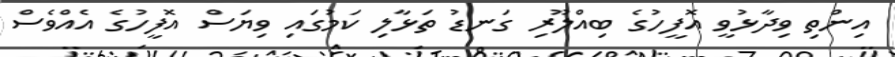
އިންތި ވިދާޅުވީ އޮފީހުގެ ބިއްލޫރި ގަނޑު ތަޅާލި ކަމުގައި ވިޔަސް އޮފީހުގެ އެއްވެސް